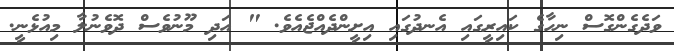
ވަދެގެންގޮސް ނިހާގެ ކައިރީގައި އެނދުގައި އިށީންދެއްޖެއެވެ. " އަދި މޫނުވެސް ދޮވެނުލާ މިއުޅެނީ.